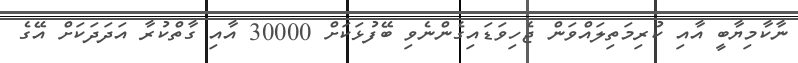
ނާކާމިޔާބީ އާއި ކުރިމަތިލައްވަން ޖެހިވަޑައިގެންނެވި ބޭފުޅަކަށް 30000 އާއި ގާތްކުރާ އަދަދަކަށް އޭގެ